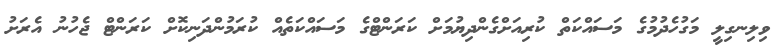
ވިލިނގިލީ މަގުހެދުމުގެ މަސައްކަތް ކުރިއަށްގެންދިޔުމަށް ކަރަންޓްގެ މަސައްކަތެއް ކުރަމުންދަނިކޮށް ކަރަންޓް ޖެހުނު އެރަށު